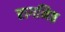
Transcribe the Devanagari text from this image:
रागनिष्ठ